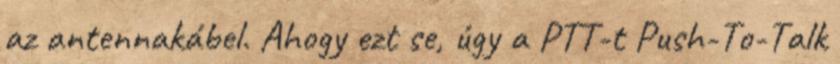
az antennakábel. Ahogy ezt se, úgy a PTT-t Push-To-Talk